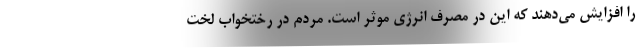
را افزایش می‌دهند که این در مصرف انرژی موثر است. مردم در رختخواب لخت